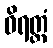
ဝိရတ္တံ